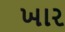
ખાર